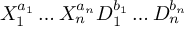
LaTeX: X _ { 1 } ^ { a _ { 1 } } \ldots X _ { n } ^ { a _ { n } } D _ { 1 } ^ { b _ { 1 } } \ldots D _ { n } ^ { b _ { n } }